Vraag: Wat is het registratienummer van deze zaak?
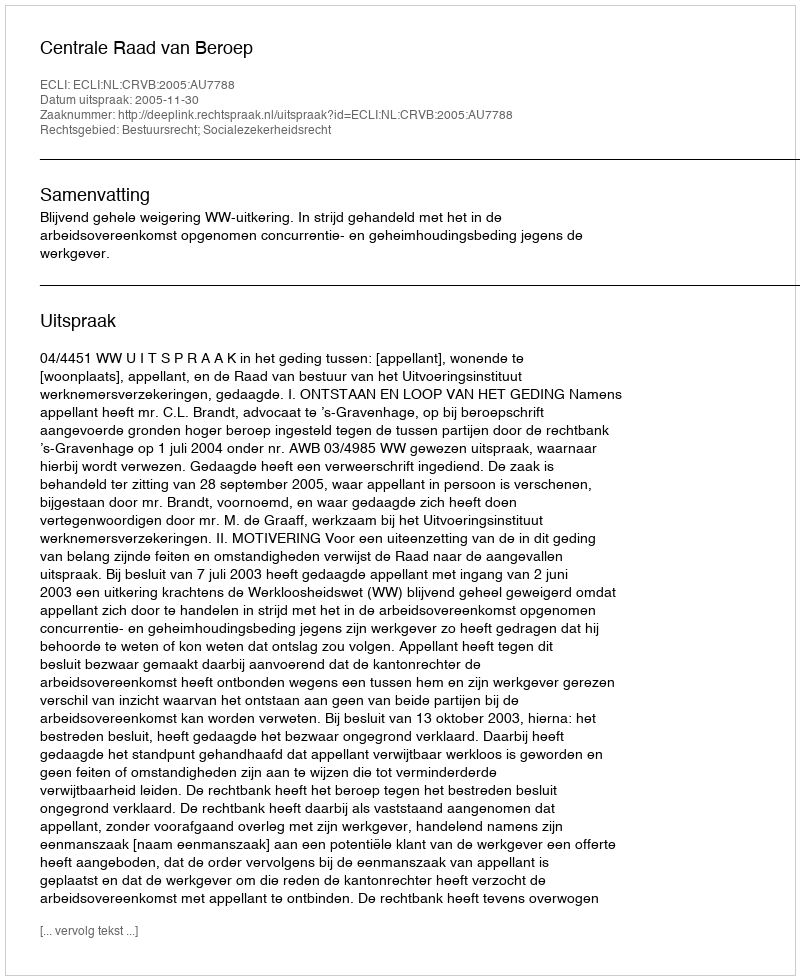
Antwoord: http://deeplink.rechtspraak.nl/uitspraak?id=ECLI:NL:CRVB:2005:AU7788